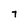
Character: 7